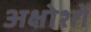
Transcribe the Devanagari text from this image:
अक्षोशों